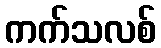
ကက်သလစ်